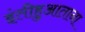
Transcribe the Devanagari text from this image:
इंतीहुआताना